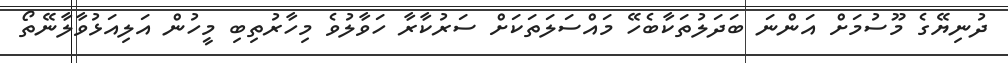
ދުނިޔޭގެ މޫސުމަށް އަންނަ ބަދަލުތަކާބެހޭ މައްސަލަތަކަށް ސަރުކާރާ ހަވާލުވެ މިހާރުތިބި މީހުން އަލިއަޅުވާލާނޭތޯ